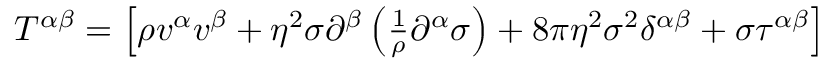
\begin{array} { r } { T ^ { \alpha \beta } = \left[ \rho v ^ { \alpha } v ^ { \beta } + \eta ^ { 2 } \sigma \partial ^ { \beta } \left( \frac { 1 } { \rho } \partial ^ { \alpha } \sigma \right) + 8 \pi \eta ^ { 2 } \sigma ^ { 2 } \delta ^ { \alpha \beta } + \sigma \tau ^ { \alpha \beta } \right] } \end{array}